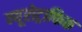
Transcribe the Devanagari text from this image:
न्यूरोट्राफिक